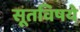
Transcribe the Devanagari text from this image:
सूतविषये